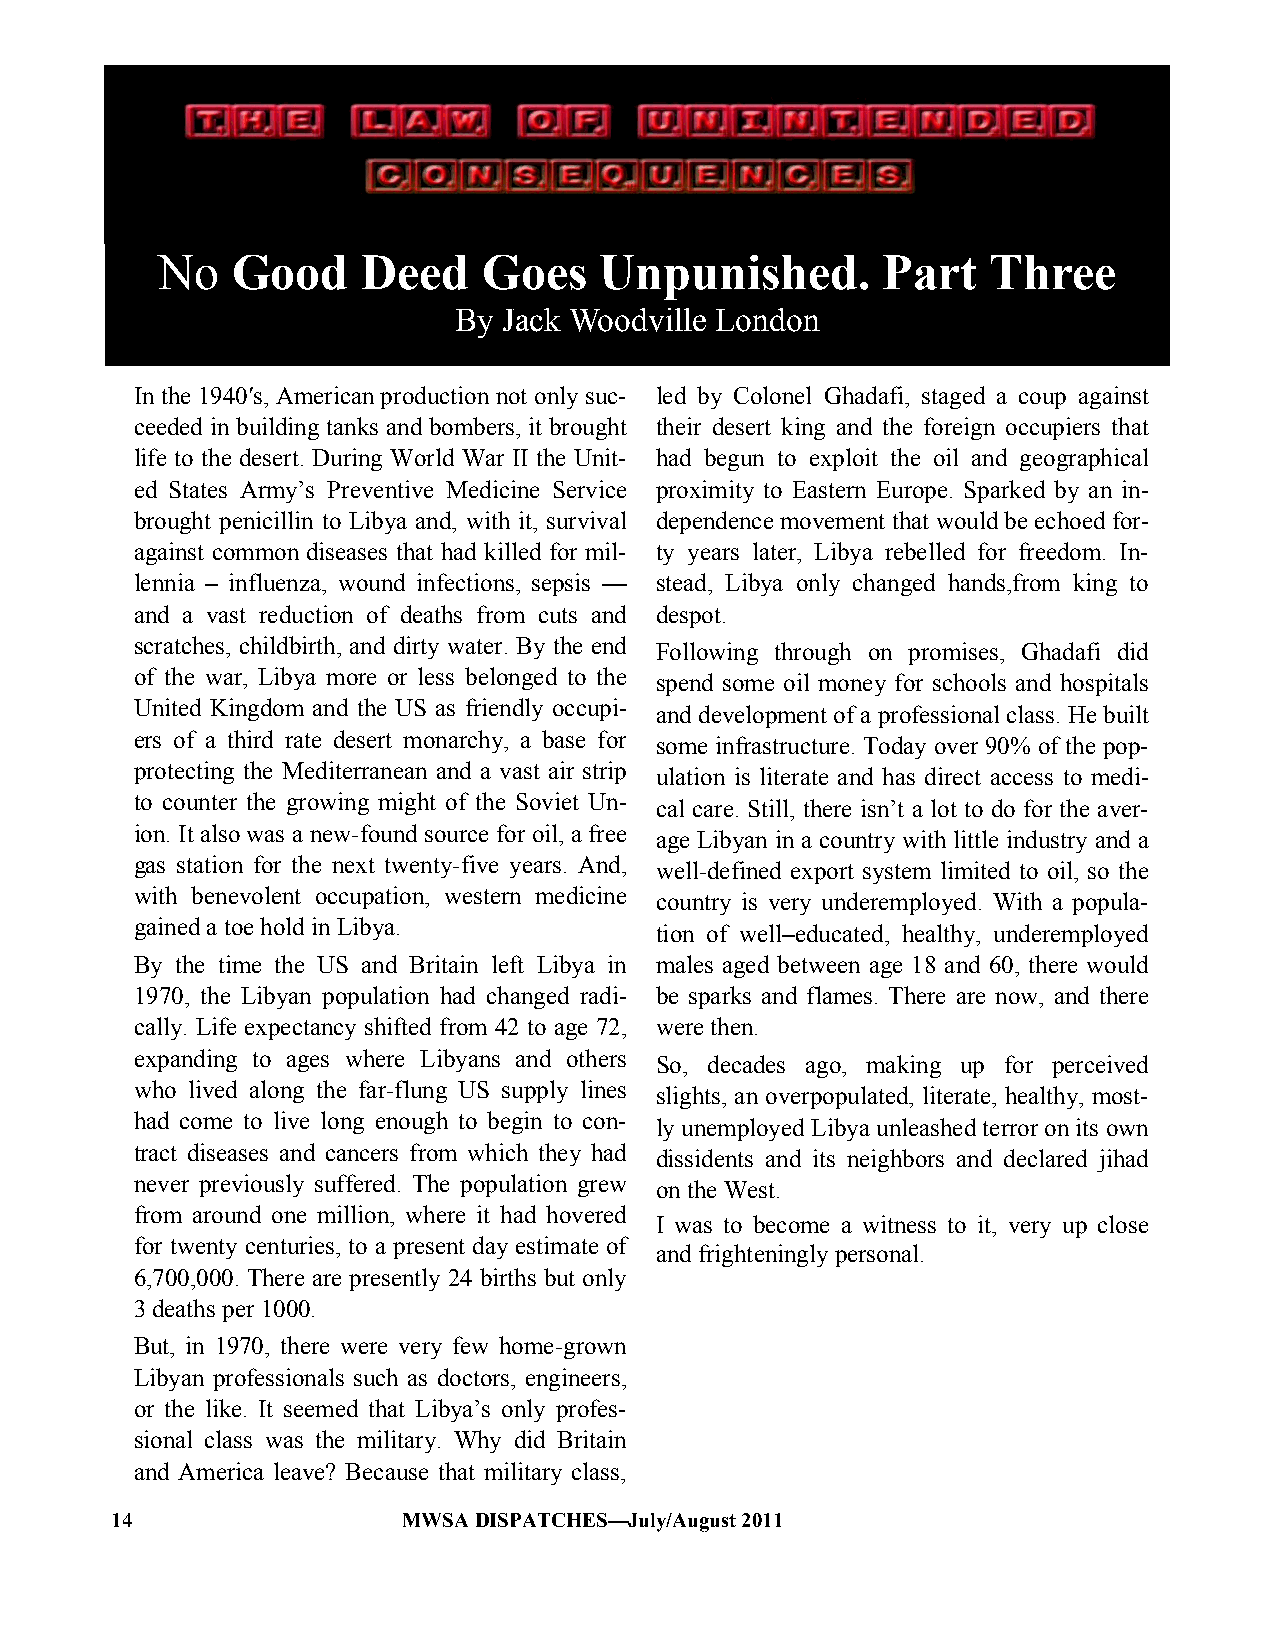
No   Good     Deed    Goes    Unpunished.       Part    Three
 By Jack Woodville London
 In the 1940′s, American production not only suc- led by Colonel Ghadafi, staged a coup against
 ceeded in building tanks and bombers, it brought their desert king and the foreign occupiers that
 life to the desert. During World War II the Unit- had begun to exploit the oil and geographical
 ed States Army‘s Preventive Medicine Service proximity to Eastern Europe. Sparked by an in-
 brought penicillin to Libya and, with it, survival dependence movement that would be echoed for-
 against common diseases that had killed for mil- ty years later, Libya rebelled for freedom. In-
 lennia – influenza, wound infections, sepsis — stead, Libya only changed hands,from king to
 and a vast reduction of deaths from cuts and despot.
 scratches, childbirth, and dirty water. By the end Following through on promises, Ghadafi did
 of the war, Libya more or less belonged to the spend some oil money for schools and hospitals
 United Kingdom and the US as friendly occupi- and development of a professional class. He built
 ers of a third rate desert monarchy, a base for some infrastructure. Today over 90% of the pop-
 protecting the Mediterranean and a vast air strip ulation is literate and has direct access to medi-
 to counter the growing might of the Soviet Un- cal care. Still, there isn‘t a lot to do for the aver-
 ion. It also was a new-found source for oil, a free age Libyan in a country with little industry and a
 gas station for the next twenty-five years. And, well-defined export system limited to oil, so the
 with benevolent occupation, western medicine country is very underemployed. With a popula-
 gained a toe hold in Libya.       tion of well–educated, healthy, underemployed
 By the time the US and Britain left Libya in males aged between age 18 and 60, there would
 1970, the Libyan population had changed radi- be sparks and flames. There are now, and there
 cally. Life expectancy shifted from 42 to age 72, were then.
 expanding to ages where Libyans and others So, decades ago, making up for perceived
 who lived along the far-flung US supply lines slights, an overpopulated, literate, healthy, most-
 had come to live long enough to begin to con- ly unemployed Libya unleashed terror on its own
 tract diseases and cancers from which they had dissidents and its neighbors and declared jihad
 never previously suffered. The population grew on the West.
 from around one million, where it had hovered
 I was to become a witness to it, very up close
 for twenty centuries, to a present day estimate of
 and frighteningly personal.
 6,700,000. There are presently 24 births but only
 3 deaths per 1000.
 But, in 1970, there were very few home-grown
 Libyan professionals such as doctors, engineers,
 or the like. It seemed that Libya‘s only profes-
 sional class was the military. Why did Britain
 and America leave? Because that military class,
 14                  MWSA DISPATCHES—July/August 2011